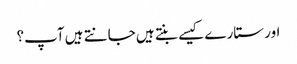
اور ستارے کیسے بنتے ہیں جانتے ہیں آپ؟